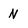
Character: N